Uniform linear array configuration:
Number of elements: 64
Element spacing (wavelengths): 0.5
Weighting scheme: cosine
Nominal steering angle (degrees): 60
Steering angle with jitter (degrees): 61.499
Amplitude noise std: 0.05
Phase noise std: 0.05

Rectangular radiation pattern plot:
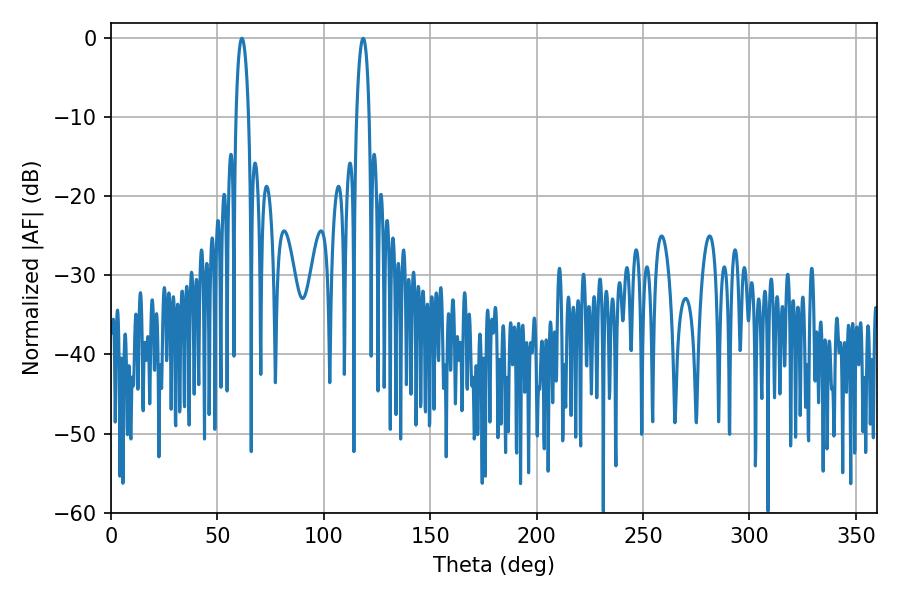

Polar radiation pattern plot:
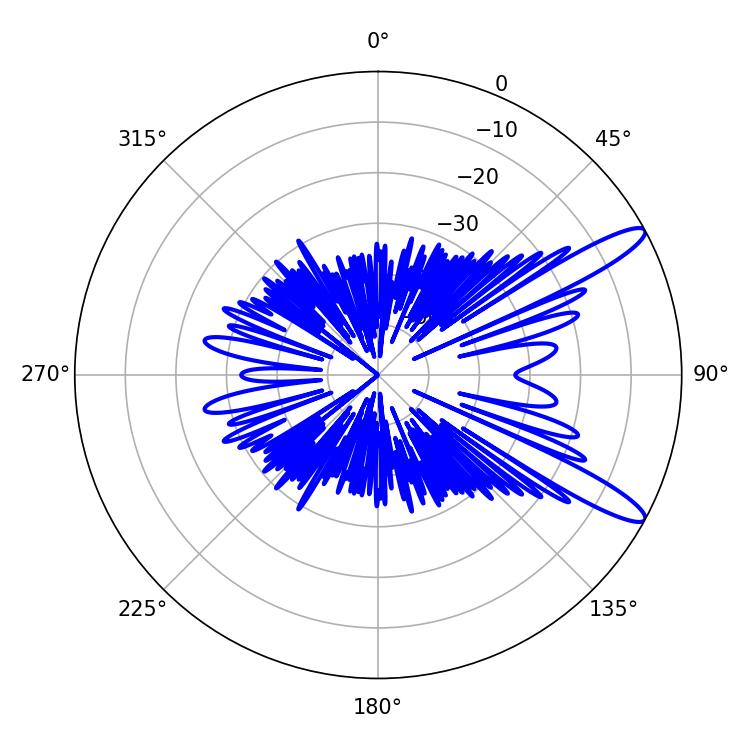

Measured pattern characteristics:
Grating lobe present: FALSE
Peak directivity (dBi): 12.391
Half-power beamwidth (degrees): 3.24
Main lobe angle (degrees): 61.56